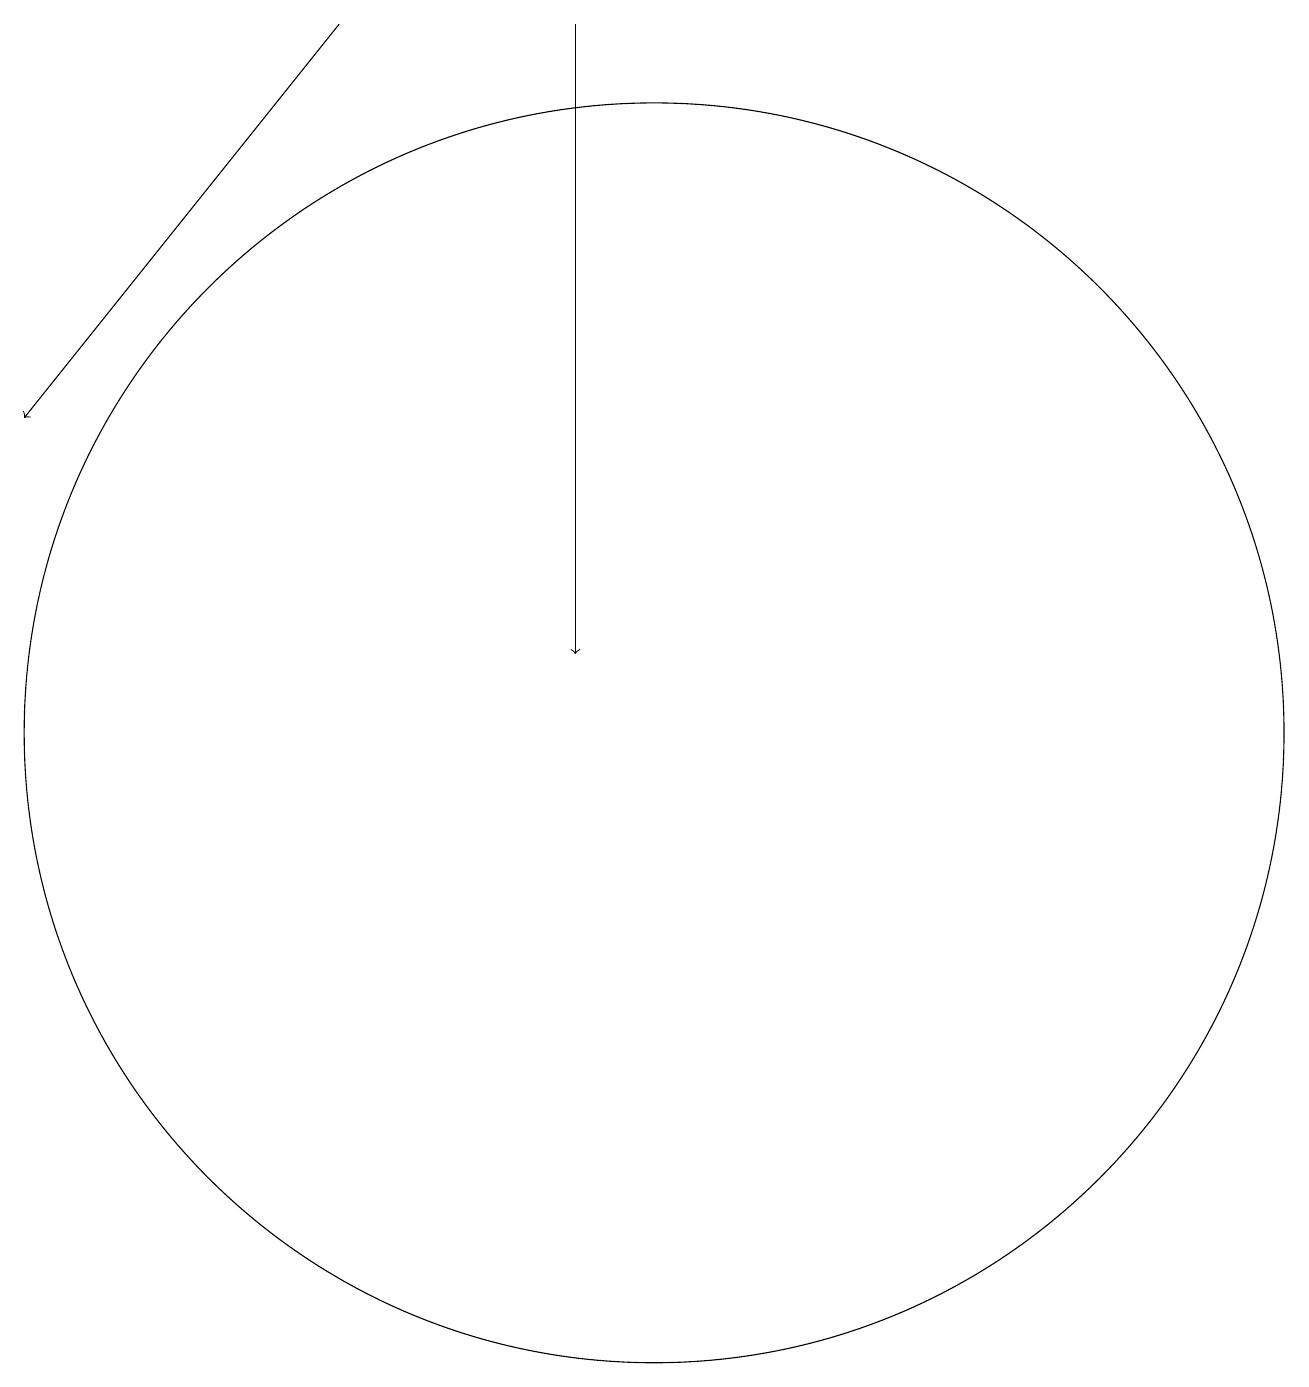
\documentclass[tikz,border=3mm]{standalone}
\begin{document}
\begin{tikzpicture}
\draw[->] (6,19) -- (2,14);
\draw (10,10) circle (8);
\draw[->] (9,19) -- (9,11);
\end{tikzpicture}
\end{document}